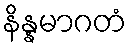
နိန္နမာဂတံ